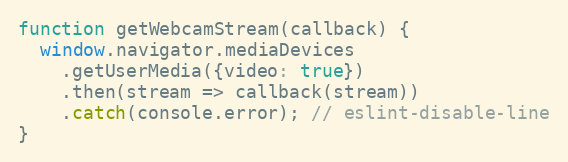
Language: JavaScript
function getWebcamStream(callback) {
  window.navigator.mediaDevices
    .getUserMedia({video: true})
    .then(stream => callback(stream))
    .catch(console.error); // eslint-disable-line
}